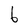
Character: b